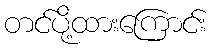
တင်ပို့ထားကြောင်း